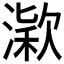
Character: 𣼋